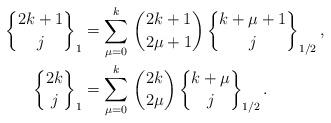
LaTeX: \begin{align*} {2k+1\brace j}_1 & = \sum_{\mu=0}^k \, {2k+1 \choose 2\mu+1} \,{k+\mu+1\brace j}_{1/2}\, , \\ {2k\brace j}_1 & = \sum_{\mu=0}^k \, {2k \choose 2\mu} \, {k+\mu\brace j}_{1/2}\, .\end{align*}